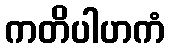
ကတိပါဟကံ